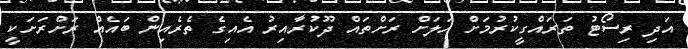
އަދި ރިސޯޓު ތަރައްގީކުރުމަށް އަލަށް ރަށްތައް ދޫކުރާއިރު އެއިގެ ތެރެއިން ބައެއް ރަށްރަށަކީ